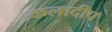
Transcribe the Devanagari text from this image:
कलादीप